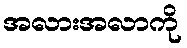
အလားအလာကို